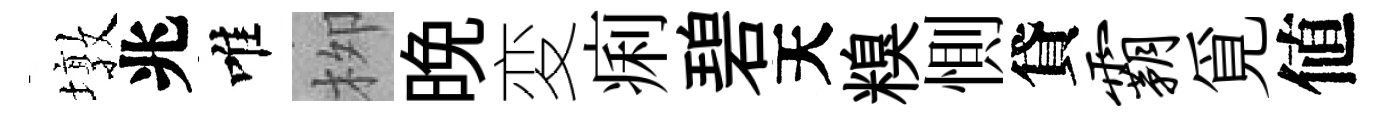
墩兆唯栁晩変痢碧天糗惻貸霸覓値